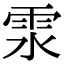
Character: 𩂍